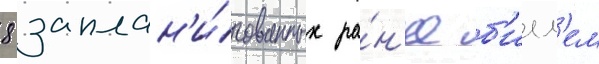
8 заплан'и́рованных ра́н'ее б'илл'ем